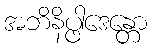
အဘိနိပ္ဖါဒေန္တော